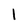
Character: l